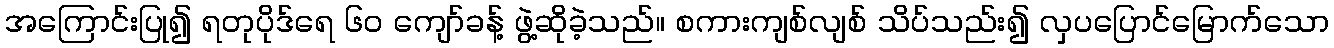
အကြောင်းပြု၍ ရတုပိုဒ်ရေ ၆၀ ကျော်ခန့် ဖွဲ့ဆိုခဲ့သည်။ စကားကျစ်လျစ် သိပ်သည်း၍ လှပပြောင်မြောက်သော